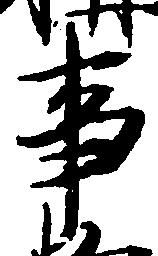
事